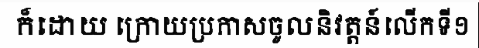
ក៏ដោយ ក្រោយប្រកាសចូលនិវត្តន៍លើកទី១